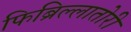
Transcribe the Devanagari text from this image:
फिब्रिल्लातोरी